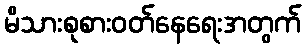
မိသားစုစားဝတ်နေရေးအတွက်